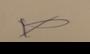
Signature authenticity: forged